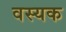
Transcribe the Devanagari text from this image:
वस्यक